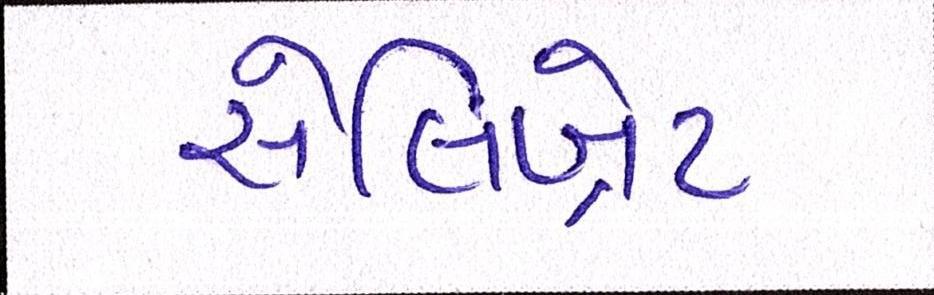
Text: સેલિબ્રેટ